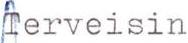
Terveisin